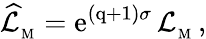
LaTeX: \widehat{\cal L}_{_\mathrm{M}}=\mathrm{e}^{{(\mathrm{q+1)}}\sigma}\, {\cal L}_{_\mathrm{M}}\, ,